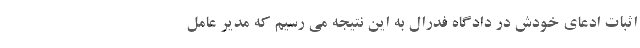
اثبات ادعای خودش در دادگاه فدرال به این نتیجه می رسیم که مدیر عامل